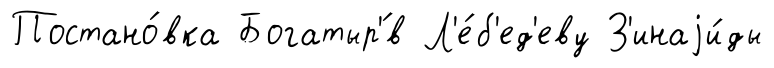
Постано́вка Богатыр'́в Л'е́б'ед'еву З'инаjи́ды